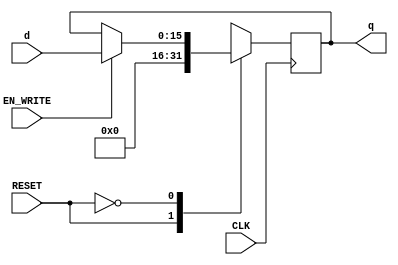
`timescale 1ns / 1ps
//////////////////////////////////////////////////////////////////////////////////
// Company: 
// Engineer: 
// 
// Design Name: 
// Module Name:    Register 
// Project Name: 
// Target Devices: 
// Tool versions: 
// Description: 
//
// Dependencies: 
//
// Revision: 
// Revision 0.01 - File Created
// Additional Comments: 
//
//////////////////////////////////////////////////////////////////////////////////
module Register#(parameter WIDTH = 16, INIT = 0)(
	input [(WIDTH-1):0]d,
	input CLK,
	input EN_WRITE,
	input RESET,
	output reg [(WIDTH-1):0]q

	);

	
	always  @(negedge CLK)begin
		case(RESET)
			1'b1:begin
				q[(WIDTH-1):0] <= 1'h0;
			end
			1'b0:begin
				q[(WIDTH-1):0] <= (EN_WRITE) ? d[(WIDTH-1):0] : q[(WIDTH-1):0];
			end
		endcase
	end

endmodule